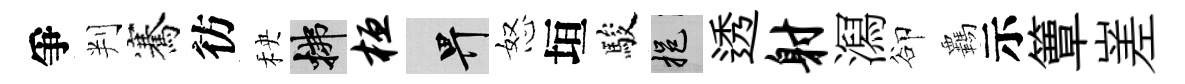
爭判騫彷秧拂桓畀怒垣駿挹透射㵼卻覊示簟嵳